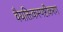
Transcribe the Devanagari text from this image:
वैयक्तिकस्पष्टीकरण